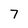
Character: 7